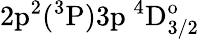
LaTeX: \mathrm{2p^{2}(^{3}P)3p~^{4}D_{3/2}^{o}}